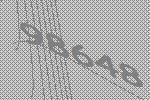
98648